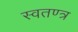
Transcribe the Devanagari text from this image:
स्वतण्त्र